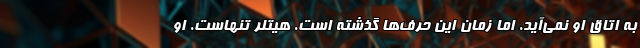
به اتاق او نمی‌آید. اما زمان این حرف‌ها گذشته است. هیتلر تنهاست. او